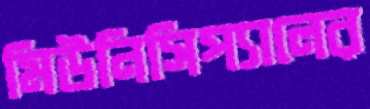
মিউনিসিপ্যালের